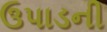
ઉપાડની